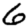
Digit: 6